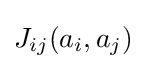
J_{ij}(a_{i},a_{j})